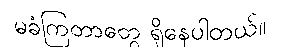
မခံကြတာတွေ ရှိနေပါတယ်။